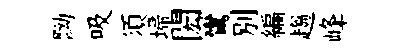
黝吸須埽閎鸞别編趨峰